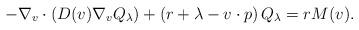
LaTeX: \begin{align*} - \nabla_v \cdot \left( D(v) \nabla_v Q_\lambda \right) + \left( r + \lambda - v \cdot p\right) Q_\lambda = r M(v).\end{align*}